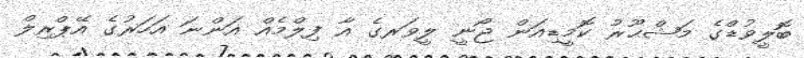
ބޮލީވުޑްގެ މަޝްޙޫރު ކޮމީޑިއަން ޖޯނީ ލީވަރގެ އާ ފިލްމެއް އަންނަ އަހަރުގެ އޭޕްރިލް